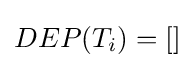
DEP(T_{i})=[]